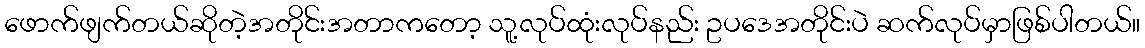
ဖောက်ဖျက်တယ်ဆိုတဲ့အတိုင်းအတာကတော့ သူ့လုပ်ထုံးလုပ်နည်း ဥပဒေအတိုင်းပဲ ဆက်လုပ်မှာဖြစ်ပါတယ်။